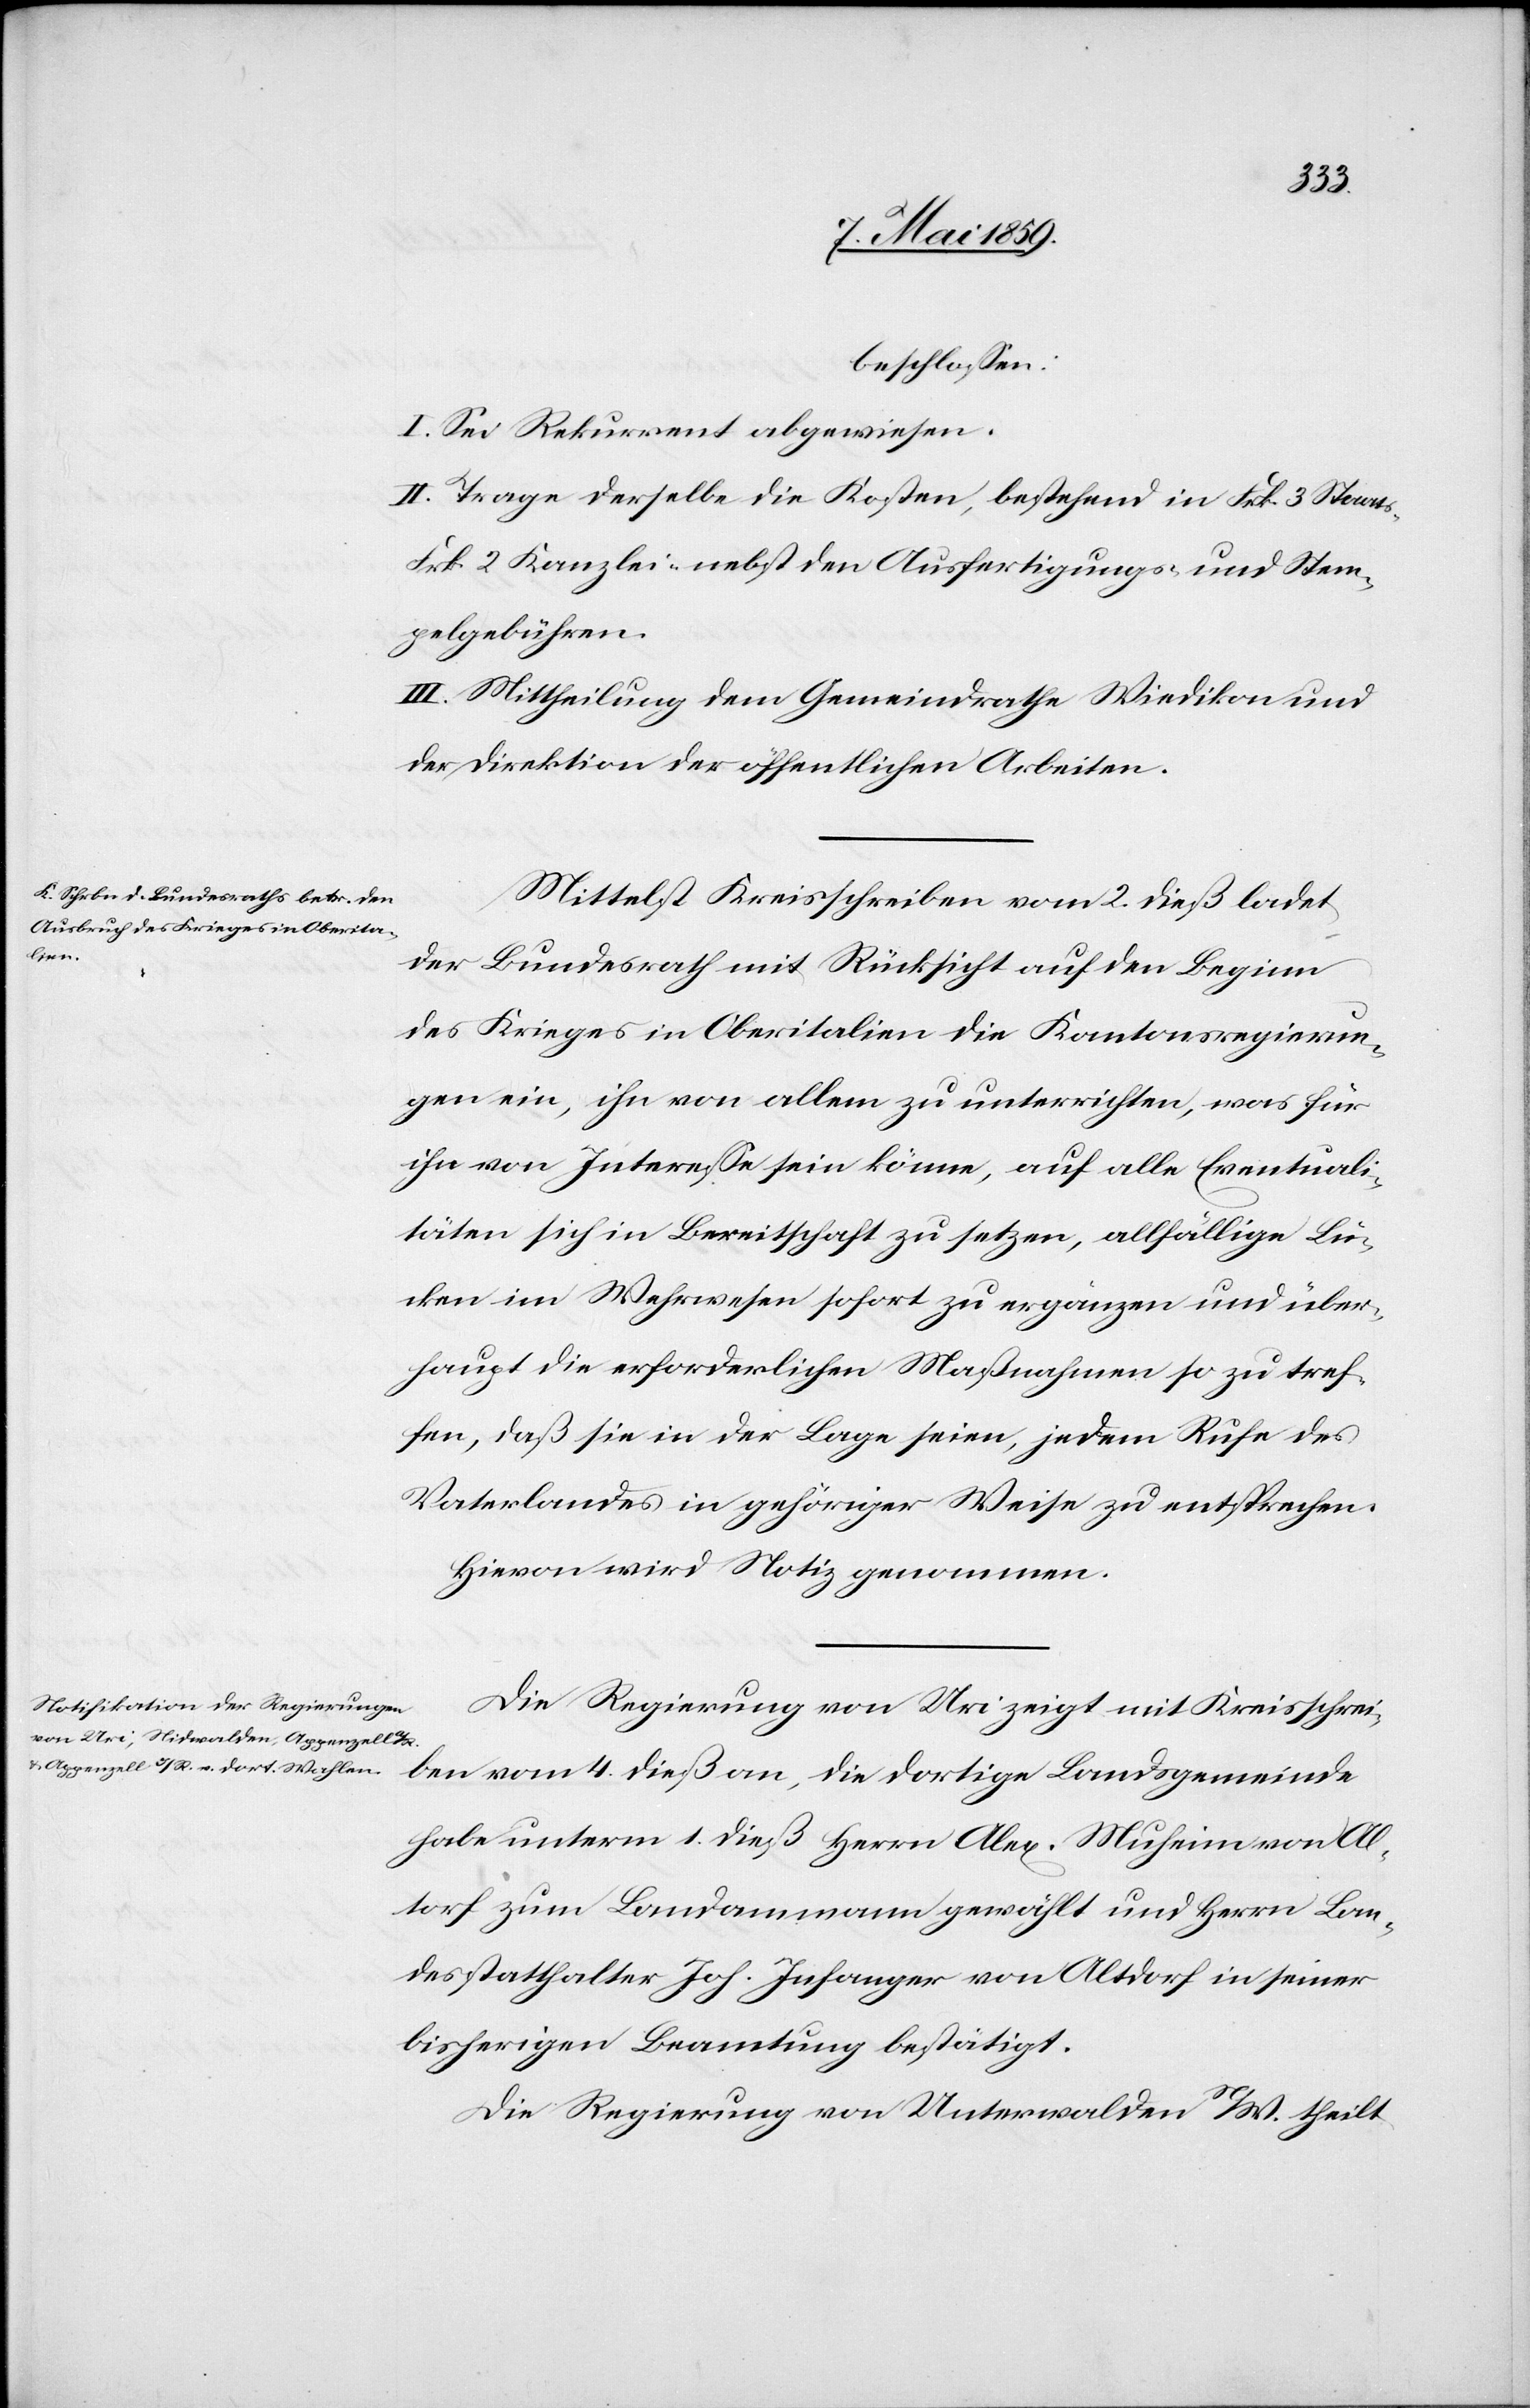
beschloßen:
I. Sei Rekurrent abgewiesen.
II. Trage derselbe die Kosten, bestehend in Frk. 3 Staats-[,]
Frk. 2 Kanzlei- nebst den Ausfertigungs- und Stem¬
pelgebühren.
III. Mittheilung dem Gemeindrathe Wiedikon und
der Direktion der öffentlichen Arbeiten.
Mittelst Kreisschreiben vom 2. dieß ladet
der Bundesrath mit Rücksicht auf den Beginn
des Krieges in Oberitalien die Kantonsregierun¬
gen ein, ihn von allem zu unterrichten, was für
ihn von Intereße sein könne, auf alle Eventuali¬
täten sich in Bereitschaft zu setzen, allfällige Lü¬
cken im Wehreswesen sofort zu ergänzen und über¬
haupt die erforderlichen Maßnahmen so zu tref¬
fen, daß sie in der Lage seien, jedem Rufe des
Vaterlandes in gehöriger Weise zu entsprechen.
Hievon wird Notiz genommen.
Die Regierung von Uri zeigt mit Kreisschrei¬
ben vom 4. dieß an, die dortige Landsgemeinde
habe unterm 1. dieß Herrn Alex. Muheim von Al¬
torf zum Landammann gewählt und Herrn Lan¬
desstatthalter Joh. Infanger von Altdorf [sic!] in seiner
bisherigen Beamtung bestätigt.
Die Regierung von Unterwalden N/W. theilt